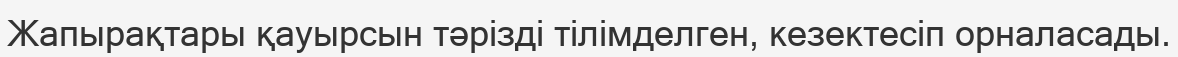
Жапырақтары қауырсын тәрізді тілімделген, кезектесіп орналасады.